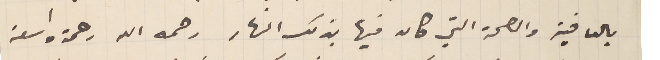
بالعافية والصحة التي كان فيها بذلك النهار رحمه الله رحمة واسعة